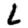
Digit: 2